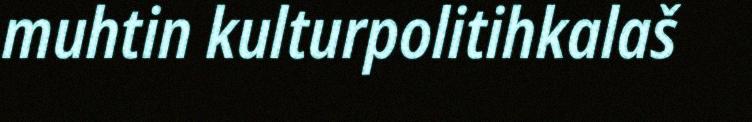
muhtin kulturpolitihkalaš